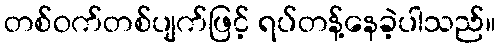
တစ်ဝက်တစ်ပျက်ဖြင့် ရပ်တန့်နေခဲ့ပါသည်။